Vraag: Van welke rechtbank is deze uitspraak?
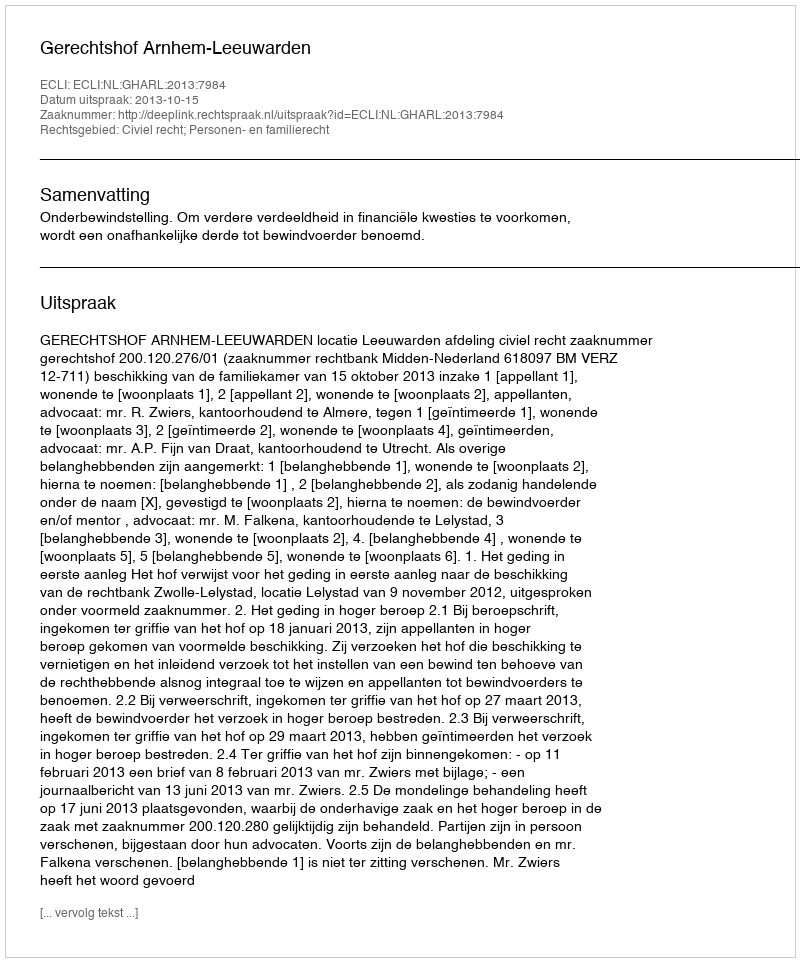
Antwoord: Gerechtshof Arnhem-Leeuwarden